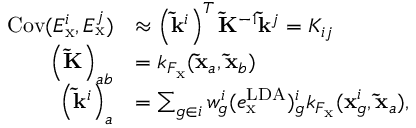
\begin{array} { r l } { \mathrm { C o v } ( E _ { \mathrm { x } } ^ { i } , E _ { \mathrm { x } } ^ { j } ) } & { \approx \left( \mathbf { \tilde { k } } ^ { i } \right) ^ { T } \mathbf { \widetilde { K } } ^ { - 1 } \mathbf { \tilde { k } } ^ { j } = K _ { i j } } \\ { \left( \mathbf { \widetilde { K } } \right) _ { a b } } & { = k _ { F _ { \mathrm { x } } } ( \mathbf { \tilde { x } } _ { a } , \mathbf { \tilde { x } } _ { b } ) } \\ { \left( \mathbf { \tilde { k } } ^ { i } \right) _ { a } } & { = \sum _ { g \in i } w _ { g } ^ { i } ( e _ { \mathrm { x } } ^ { \mathrm { L D A } } ) _ { g } ^ { i } k _ { F _ { \mathrm { x } } } ( \mathbf { x } _ { g } ^ { i } , \mathbf { \tilde { x } } _ { a } ) , } \end{array}